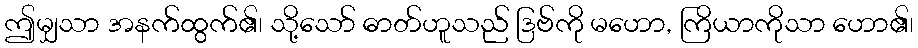
ဤမျှသာ အနက်ထွက်၏၊ သို့သော် ဓာတ်ဟူသည် ဒြဗ်ကို မဟော, ကြိယာကိုသာ ဟော၏၊